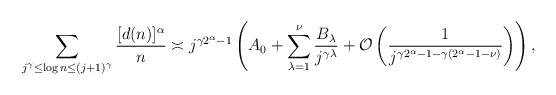
LaTeX: \begin{align*}\sum_{j^\gamma \leq \log{n} \leq (j+1)^\gamma} \frac{[d(n)]^\alpha}{n} \asymp j^{\gamma2^\alpha-1} \left( A_0 + \sum_{\lambda=1}^\nu \frac{B_\lambda}{j^{\gamma\lambda}}+\mathcal{O}\left(\frac{1}{j^{\gamma2^\alpha-1-\gamma(2^\alpha-1-\nu)}}\right)\right),\end{align*}